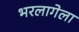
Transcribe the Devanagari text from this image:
भरलागेला